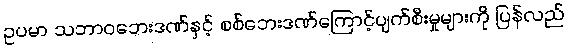
ဥပမာ သဘာဝဘေးဒဏ်နှင့် စစ်ဘေးဒဏ်ကြောင့်ပျက်စီးမှုများကို ပြန်လည်